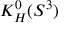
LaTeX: K _ { H } ^ { 0 } ( S ^ { 3 } )